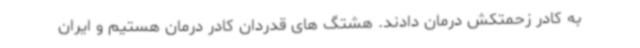
به کادر زحمتکش درمان دادند. هشتگ های قدردان کادر درمان هستیم و ایران